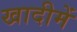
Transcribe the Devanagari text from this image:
खादीमें